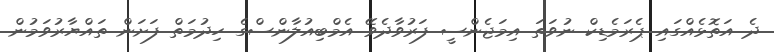
ދެ އަތޮޅެއްގައި ޕެރަމެޑިކް ނުވަތަ އިމަޖެންސީ ފަރުވާދެވޭ އެމްބިއުލާންސްގެ ހިދުމަތް ފަށަން ތައްޔާރުވަމުން